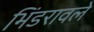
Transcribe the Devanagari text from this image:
भिंडरावले